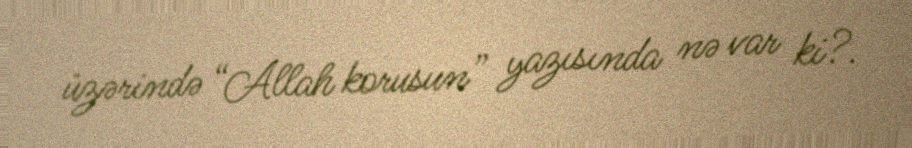
üzərində “Allah korusun” yazısında nə var ki?.